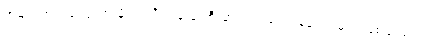
အများအားဖြင့်တော့ မိုးရာသီကျမှ ရေစီးဆင်းသည့် သဲချောင်းများ ဖြစ်သည်။